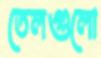
তেলগুলো